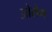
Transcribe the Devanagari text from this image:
ओरोग